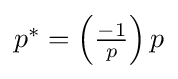
{\textstyle p^{*}=\left({\frac {-1}{p}}\right)p}